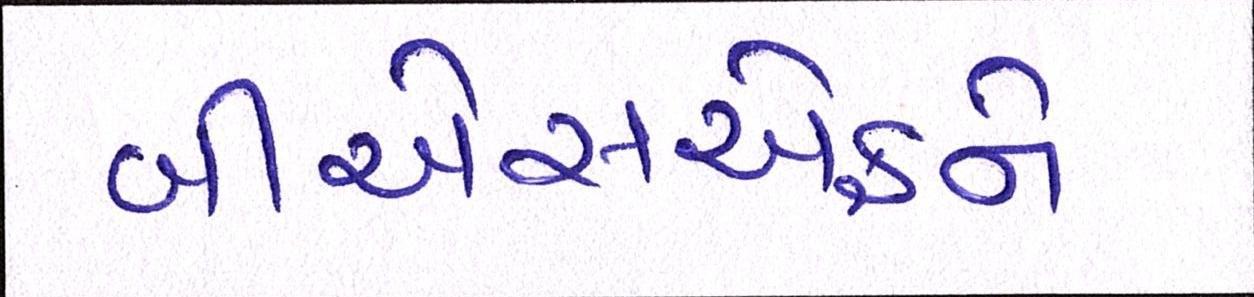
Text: બીએસએફને